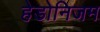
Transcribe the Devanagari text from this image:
हेडोनिजम